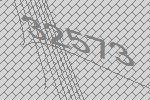
32573